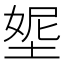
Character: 𡌰